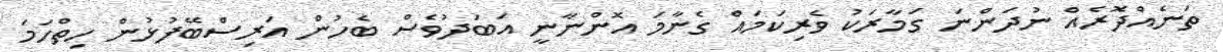
ތަނެއްދޮރެއް ނުދަންނަ ގަމާރަކު ވެރިކަމައް ގެނާމަ އޮންނާނީ އަބަދުވެސް ބެހުން އަރިސްބޭފުޅުން ހިތްހަމަ